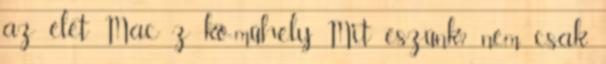
az élet Mac z kó-műhely Mit eszünk? nem csak